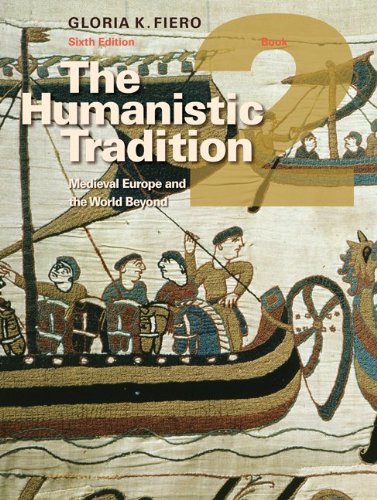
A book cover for The Humanistic Tradition Book 2: Medieval Europe And The World Beyond; Gloria Fiero; Reference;